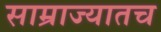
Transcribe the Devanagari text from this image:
साम्राज्यातच